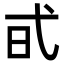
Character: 𢎃